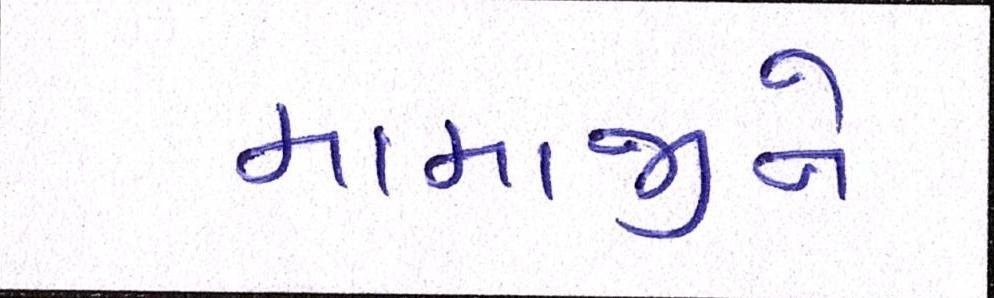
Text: મામાજીને